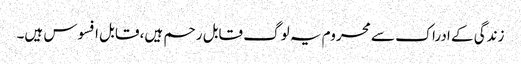
زندگی کے ادراک سے محروم یہ لوگ قابل رحم ہیں، قابل افسوس ہیں۔